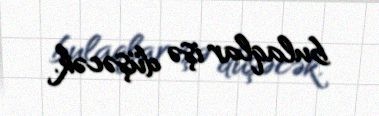
bulaqlar işə düşəcək.